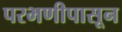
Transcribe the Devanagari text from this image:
परभणीपासून